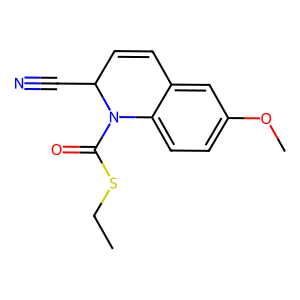
SMILES: CCSC(=O)N1c2ccc(OC)cc2C=CC1C#N
Inhibits HIV replication: No